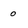
Character: 0